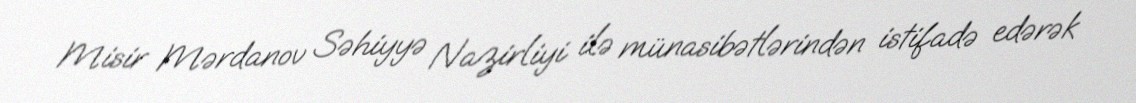
Misir Mərdanov Səhiyyə Nazirliyi ilə münasibətlərindən istifadə edərək